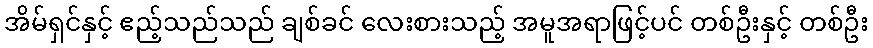
အိမ်ရှင်နှင့် ဧည့်သည်သည် ချစ်ခင် လေးစားသည့် အမူအရာဖြင့်ပင် တစ်ဦးနှင့် တစ်ဦး